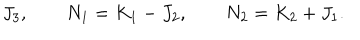
LaTeX: J _ { 3 } , \qquad N _ { 1 } = K _ { 1 } - J _ { 2 } , \qquad N _ { 2 } = K _ { 2 } + J _ { 1 } .